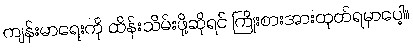
ကျန်းမာရေးကို ထိန်းသိမ်းဖို့ဆိုရင် ကြိုးစားအားထုတ်ရမှာပေါ့။